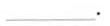
___.